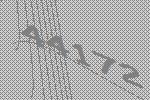
44172